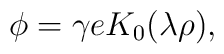
\phi=\gamma e K_0(\lambda\rho),